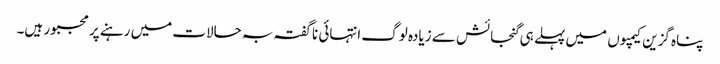
پناہ گزین کیمپوں میں پہلے ہی گنجائش سے زیادہ لوگ انتہائی ناگفتہ بہ حالات میں رہنے پر مجبور ہیں۔